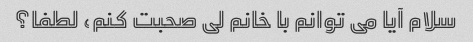
سلام آیا می توانم با خانم لی صحبت کنم، لطفا؟